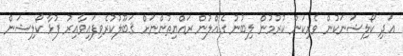
އަދި ކޯލިޝަނަކުން ވެރިކަން ކުރުމުން ލިބުނު ގެއްލުން ރައްޔިތުންނަށް ޤަބޫލުކުރެވިފައިވާއިރު ފުޅާ ކޯލިޝަން